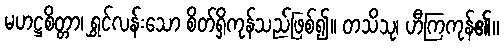
မဟဋ္ဌစိတ္တာ၊ ရွှင်လန်းသော စိတ်ရှိကုန်သည်ဖြစ်၍။ တသိသု၊ ဟီကြကုန်၏။